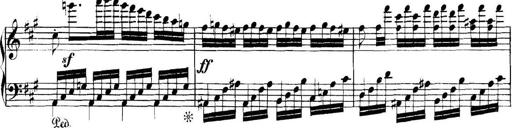
Title: Collected Piano Sonatas
Composer: Muzio Clementi